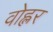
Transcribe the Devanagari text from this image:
वोह्लर